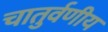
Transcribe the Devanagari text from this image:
चातुर्वणीय